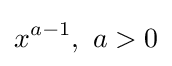
x^{a-1},\ a>0